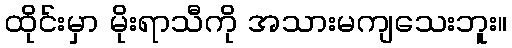
ထိုင်းမှာ မိုးရာသီကို အသားမကျသေးဘူး။